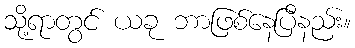
သို့ရာတွင် ယခု ဘာဖြစ်နေပြီနည်း။